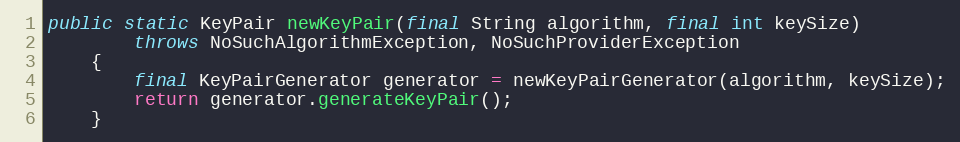
Language: Java
public static KeyPair newKeyPair(final String algorithm, final int keySize)
		throws NoSuchAlgorithmException, NoSuchProviderException
	{
		final KeyPairGenerator generator = newKeyPairGenerator(algorithm, keySize);
		return generator.generateKeyPair();
	}